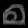
Digit: ၈